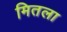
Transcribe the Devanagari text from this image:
मितला